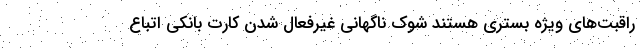
راقبت‌های ویژه بستری هستند شوک ناگهانی غیرفعال شدن کارت بانکی اتباع